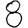
Digit: 8